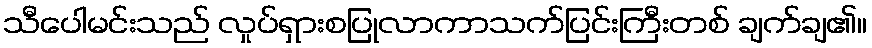
သီပေါမင်းသည် လှုပ်ရှားစပြုလာကာသက်ပြင်းကြီးတစ် ချက်ချ၏။